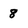
Character: 8